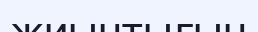
жиынтығын